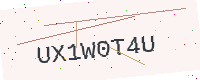
Text: UX1W0T4U